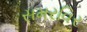
સમરવિર